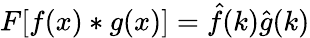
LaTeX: F[f(x)*g(x)]=\hat{f}(k)\hat{g}(k)